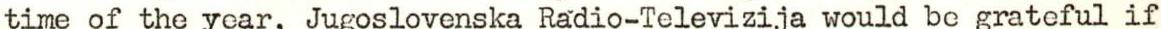
time of the year, Jugoslovenska Radio-Televizija would be grateful if